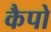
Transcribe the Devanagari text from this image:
कैपो